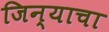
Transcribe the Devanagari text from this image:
जिन्याचा